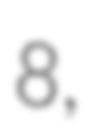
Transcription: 8,